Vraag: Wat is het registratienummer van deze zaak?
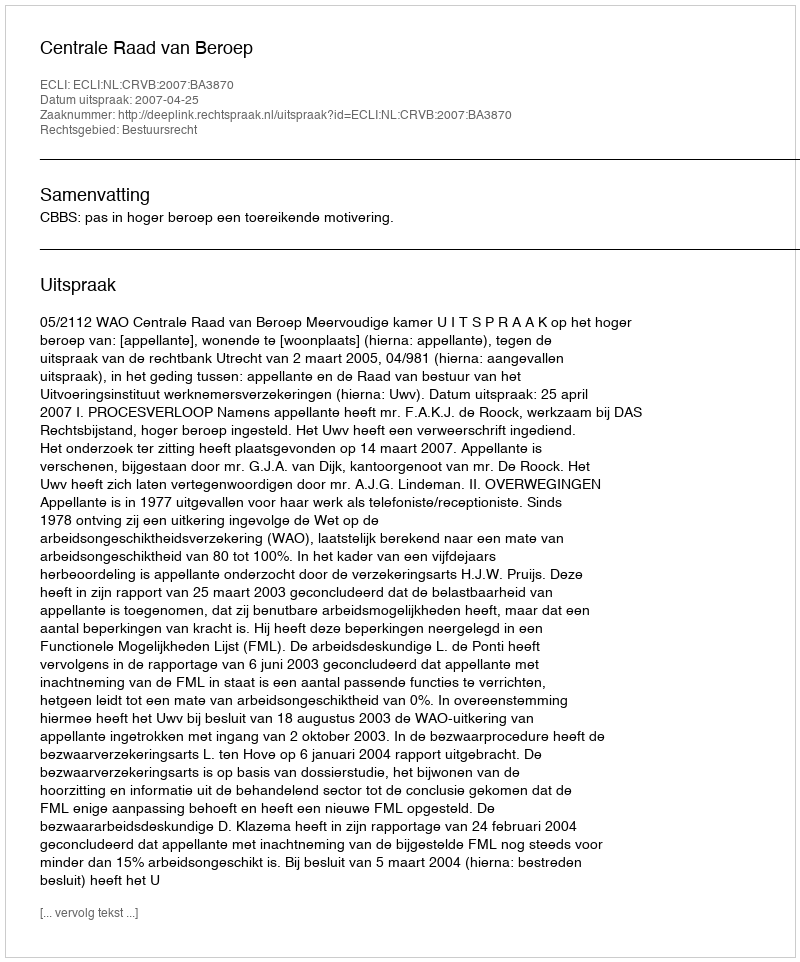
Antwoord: http://deeplink.rechtspraak.nl/uitspraak?id=ECLI:NL:CRVB:2007:BA3870